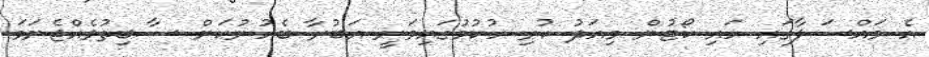
އެ މައްސަލާގައި ހައި ކޯޓުން މިއަދު ކުރި ހުކުމުގައިވަނީ އަބުރާ ބެހުނުކަން ސާބިތުވެއްޖެނަމަ